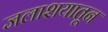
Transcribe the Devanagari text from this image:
जलाशयातून